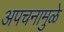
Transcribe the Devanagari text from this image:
अपचनामुळे